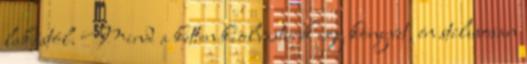
lakástól. Mind a ketten kiolvastunk egy könyvet, én stílusosan